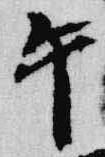
午